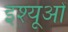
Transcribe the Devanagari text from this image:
इश्यूओं